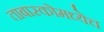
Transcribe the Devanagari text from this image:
ताबास्कोमध्येच